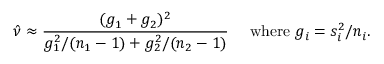
{ \hat { \nu } } \approx { \frac { ( g _ { 1 } + g _ { 2 } ) ^ { 2 } } { g _ { 1 } ^ { 2 } / ( n _ { 1 } - 1 ) + g _ { 2 } ^ { 2 } / ( n _ { 2 } - 1 ) } } \quad { \mathrm { ~ w h e r e ~ } } g _ { i } = s _ { i } ^ { 2 } / n _ { i } .